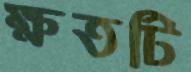
ক্ষতটি